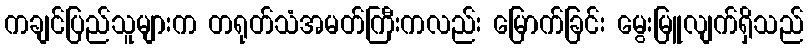
ကချင်ပြည်သူများက တရုတ်သံအမတ်ကြီးကလည်း မြောက်ခြင်း မွေးမြူလျက်ရှိသည်